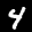
Label: 4